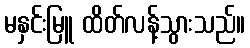
မနှင်းမြူ ထိတ်လန့်သွားသည်။